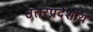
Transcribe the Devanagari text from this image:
उत्तरप्रदेशीय